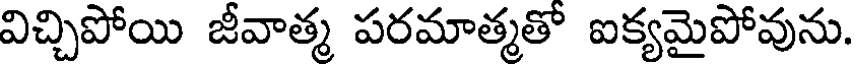
విచ్చిపోయి జీవాత్మ పరమాత్మతో ఐక్యమైపోవును.